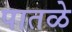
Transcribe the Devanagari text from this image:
पातळे